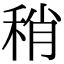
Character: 稍